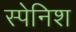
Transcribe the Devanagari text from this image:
स्‍पेनिश्‍ा